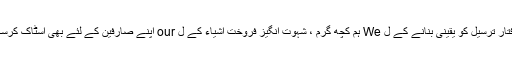
د) تیز رفتار ترسیل کو یقینی بنانے کے ل We ہم کچھ گرم ، شہوت انگیز فروخت اشیاء کے ل our اپنے صارفین کے لئے بھی اسٹاک کرسکتے ہیں۔